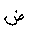
Letter: _dad